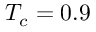
T _ { c } = 0 . 9